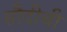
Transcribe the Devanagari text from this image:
सौदीची